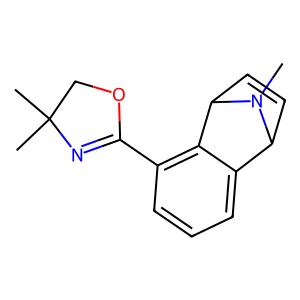
SMILES: CN1C2C=CC1c1c(C3=NC(C)(C)CO3)cccc12
Inhibits HIV replication: No